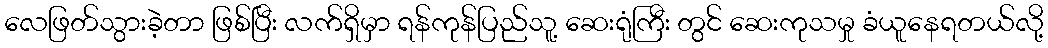
လေဖြတ်သွားခဲ့တာ ဖြစ်ပြီး လက်ရှိမှာ ရန်ကုန်ပြည်သူ့ ဆေးရုံကြီး တွင် ဆေးကုသမှု ခံယူနေရတယ်လို့